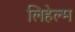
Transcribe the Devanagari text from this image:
लिहेल्म